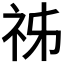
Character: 𥙌